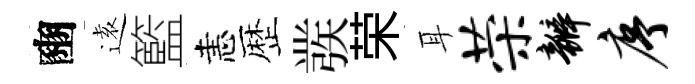
豳逺籃恚歴彂荣耳荣瓣序